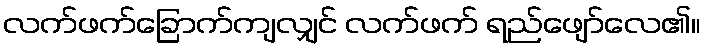
လက်ဖက်ခြောက်ကျလျှင် လက်ဖက် ရည်ဖျော်လေ၏။